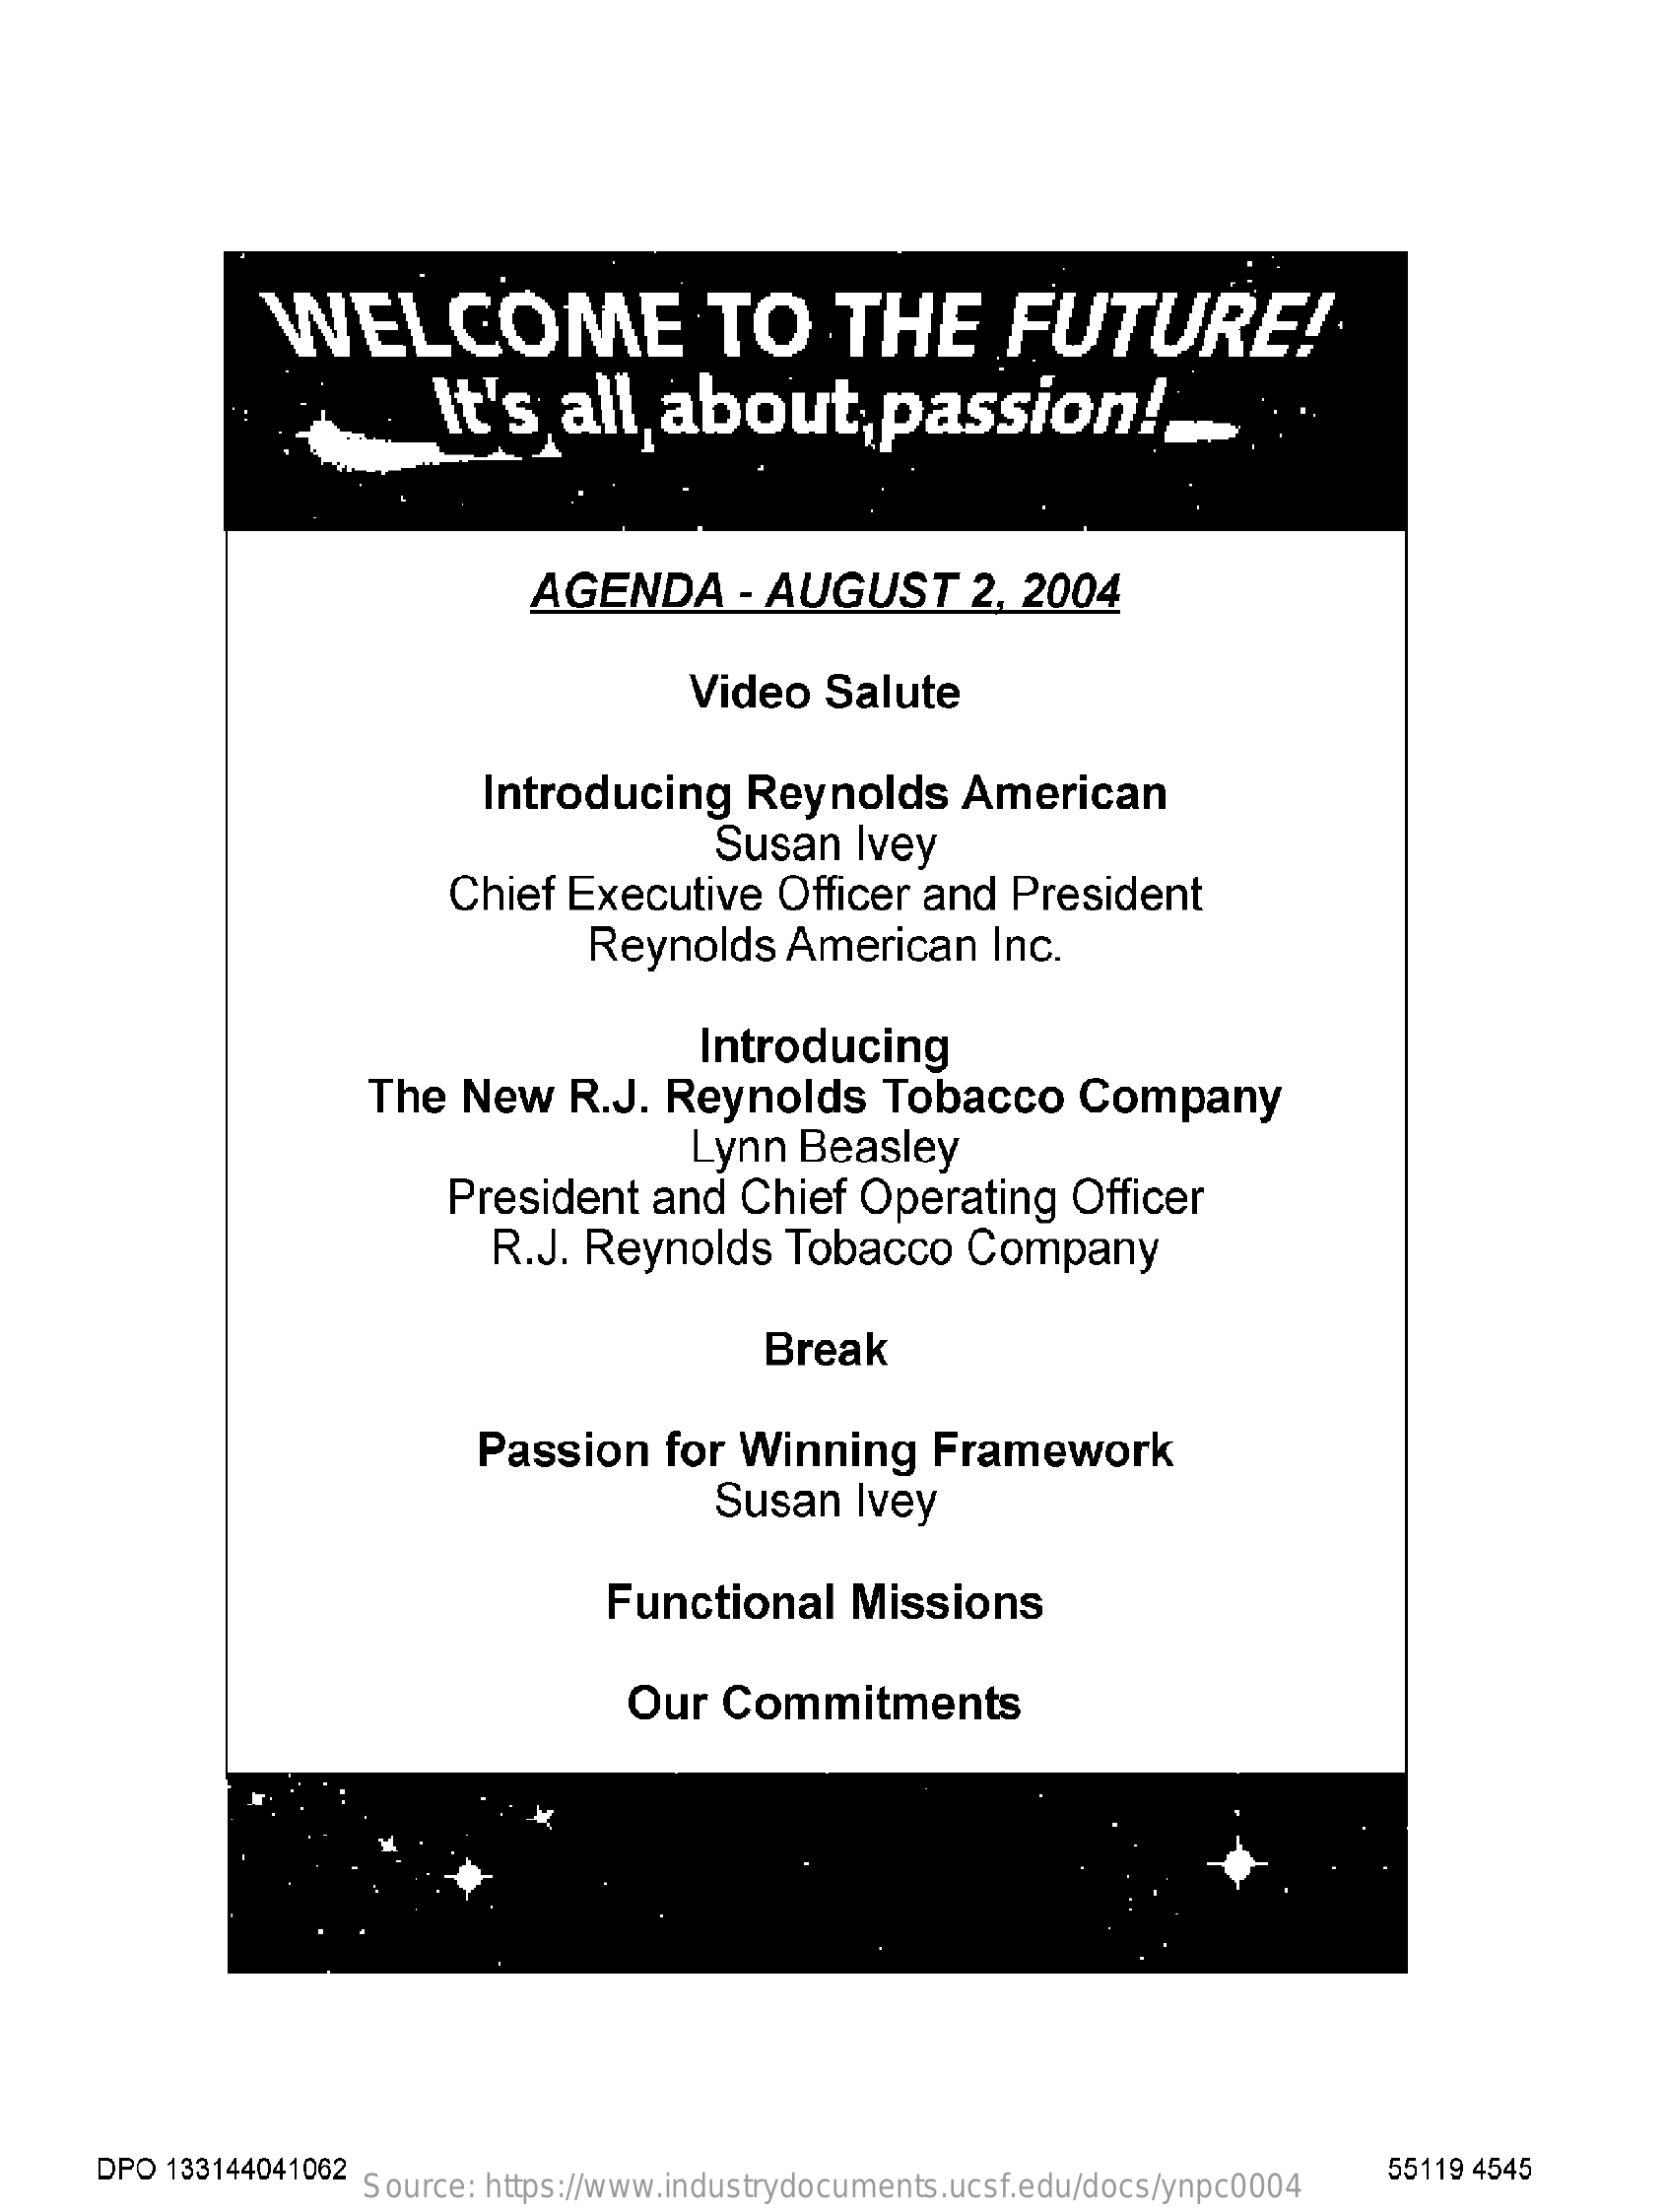
WELCOME    TO    THE    FUTURE!
     It's   all   about,passion    !,
     AGENDA    - AUGUST    2, 2004
     Video   Salute
     Introducing    Reynolds    American
     Susan    Ivey
     Chief   Executive    Officer  and   President
     Reynolds    American    Inc.
     Introducing
     The   New    R.J.  Reynolds    Tobacco    Company
     Lynn  Beasley
     President    and   Chief  Operating    Officer
     R.J.  Reynolds    Tobacco    Company
     Break
     Passion    for Winning    Framework
     Susan    Ivey
     Functional    Missions
     Our  Commitments
     DPO  133144041062
     Source: https://www.industrydocuments.ucsf.edu/docs/ynpc0004
     55119 4545